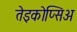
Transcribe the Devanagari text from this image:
तेइकोप्सिअ